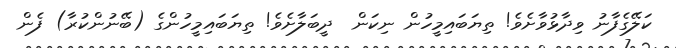
ކަލޭގެފާނު ވިދާޅުވާށެވެ! ތިޔަބައިމީހުން ނިކަން  ދީބަލާށެވެ! ތިޔަބައިމީހުންގެ (ބޭނުންކުރާ) ފެން